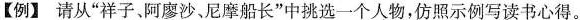
【例】请从”祥子、阿廖沙、尼摩船长”中挑选一个人物，仿照示例写读书心得。